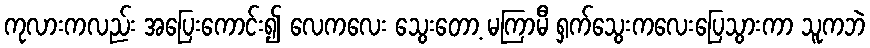
ကုလားကလည်း အပြေးကောင်း၍ လေကလေး သွေးတော့ မကြာမီ ရှက်သွေးကလေးပြေသွားကာ သူကဘဲ